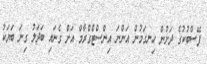
ފޭސްބުކުގެ ދަށުން ހިނގަމުން އަންނަ އިންސްޓްގްރާމް އަށް ގެނައި ބަދަލު ގިނަ ބަޔަކު